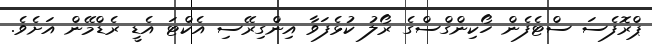
ޕްރޮފެސަ ސްޓެފެން ހޯކިންގްސްގެ ރޯލު ކުޅެފަވާ އިންގިރޭސި އެކްޓަ އެޑީ ރެޑްމޭން އަށެވެ.